Treatise on elephants
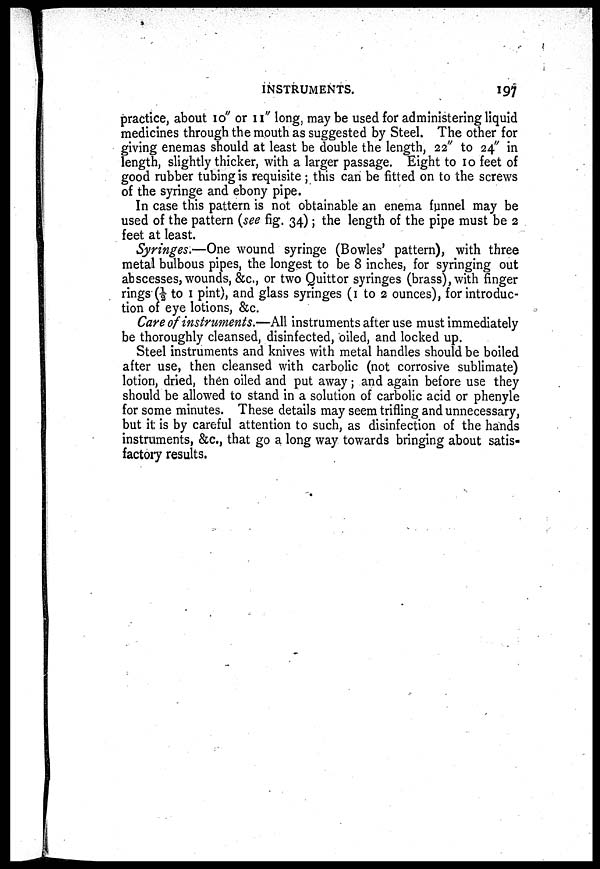
INSTRUMENTS.
197
practice, about 10" or 11" long, may be used for administering liquid
medicines through the mouth as suggested by Steel. The other for
giving enemas should at least be double the length, 22" to 24" in
length, slightly thicker, with a larger passage. Eight to 10 feet of
good rubber tubing is requisite ; this can be fitted on to the screws
of the syringe and ebony pipe.
In case this pattern is not obtainable an enema funnel may be
used of the pattern (see fig. 34); the length of the pipe must be 2
feet at least.
Syringes.—One wound syringe (Bowies' pattern), with three
metal bulbous pipes, the longest to be 8 inches, for syringing out
abscesses, wounds, &c., or two Quittor syringes (brass), with finger
rings (½ to 1 pint), and glass syringes (1 to 2 ounces), for introduc-
tion of eye lotions, &c.
Care of instruments.—All instruments after use must immediately
be thoroughly cleansed, disinfected, oiled, and locked up.
Steel instruments and knives with metal handles should be boiled
after use, then cleansed with carbolic (not corrosive sublimate)
lotion, dried, then oiled and put away 5 and again before use they
should be allowed to stand in a solution of carbolic acid or phenyle
for some minutes. These details may seem trifling and unnecessary,
but it: is by careful attention to such, as disinfection of the hands
instruments, &c., that go a long way towards bringing about satis-
factory results.